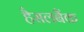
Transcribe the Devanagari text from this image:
हैसलबैंक